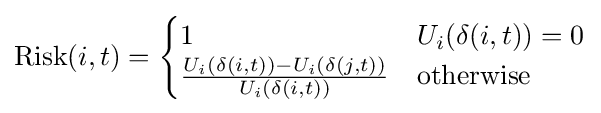
{\text{Risk}}(i,t)={\begin{cases}1&U_{i}(\delta (i,t))=0\\{\frac {U_{i}(\delta (i,t))-U_{i}(\delta (j,t))}{U_{i}(\delta (i,t))}}&{\text{otherwise}}\end{cases}}